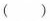
()